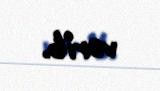
verib.